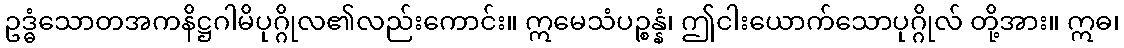
ဥဒ္ဓံသောတအကနိဋ္ဌဂါမိပုဂ္ဂိုလ၏လည်းကောင်း။ ဣမေသံပဉ္စန္နံ၊ ဤငါးယောက်သောပုဂ္ဂိုလ် တို့အား။ ဣဓ၊